Civil Veterinary Dept. Assam report 1927-50 - 1927-1950
Year: 1927
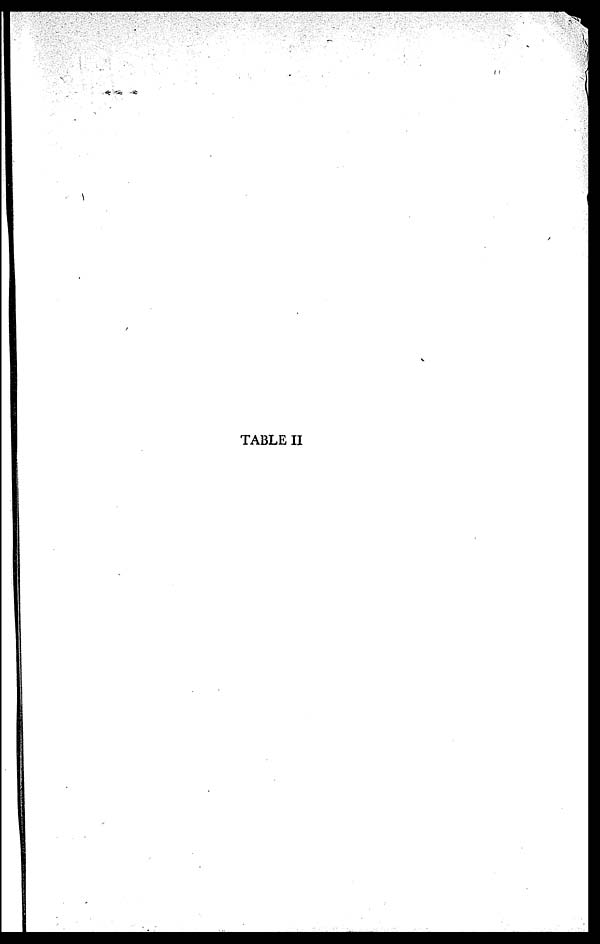
TABLE II